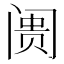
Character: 阓